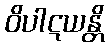
ဝိပါဋယန္တိ